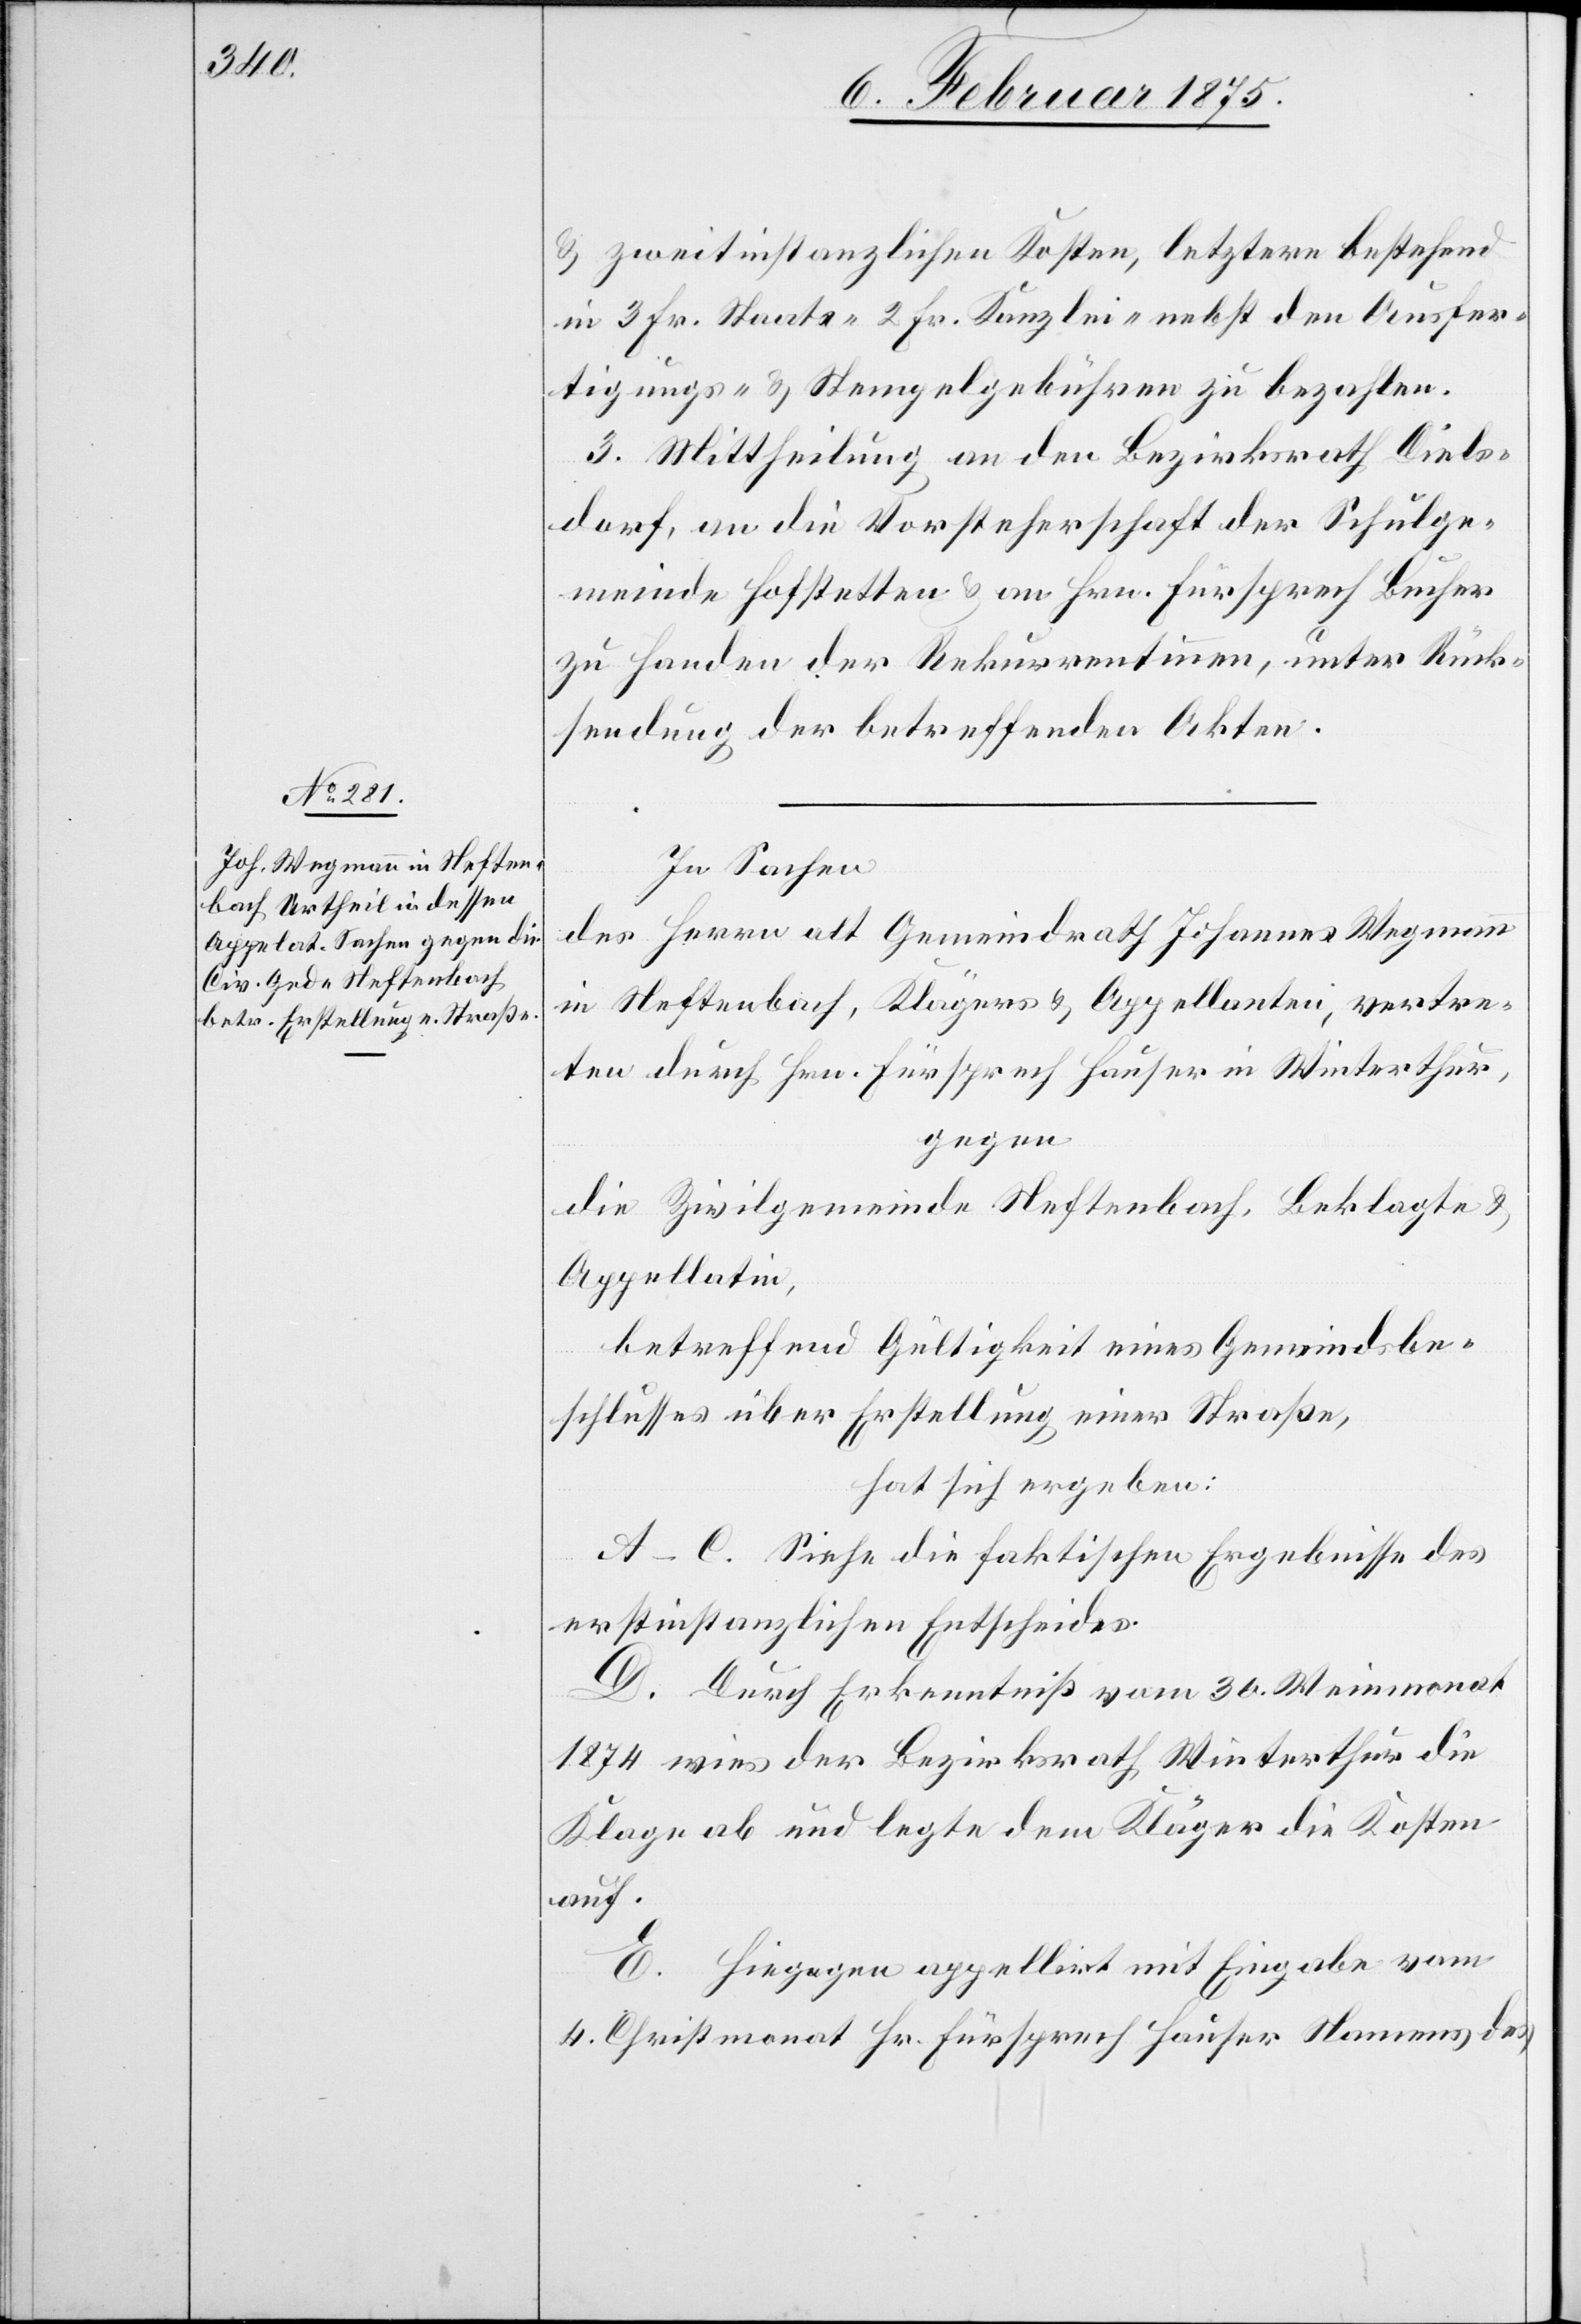
& zweitinstanzlichen Kosten, letztere bestehend
in 3 Fr. Staats-[,] 2 Fr. Kanzlei- nebst den Ausfer¬
tigungs- & Stempelgebühren zu bezahlen.
3. Mittheilung an den Bezirksrath Diels¬
dorf, an die Vorsteherschaft der Schulge¬
meinde Hofstetten & an Hrn. Fürsprech Bucher
zu Handen der Rekurrentinnen, unter Rück¬
sendung der betreffenden Akten.
In Sachen
des Herrn alt Gemeindrath Johannes Wegmann
in Neftenbach, Klägers & Appellanten, vertre¬
ten durch Hrn. Fürsprech Hauser in Winterthur,
gegen
die Zivilgemeinde Neftenbach, Beklagte &
Appellatin,
betreffend Gültigkeit eines Gemeindsbe¬
schlusses über Erstellung einer Straße,
hat sich ergeben:
A–C. Siehe die faktischen Ergebnisse des
erstinstanzlichen Entscheides.
D. Durch Erkenntniß vom 30. Weinmonat
1874 wies der Bezirksrath Winterthur die
Klage ab und legte dem Kläger die Kosten
auf.
E. Hiegegen appellirt mit Eingabe vom
4. Christmonat Hr. Fürsprech Hauser Namens des